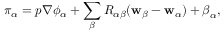
\begin{array} { r } { \boldsymbol { \pi } _ { \alpha } = p \nabla \phi _ { \alpha } + \displaystyle \sum _ { \beta } R _ { \alpha { \beta } } ( \mathbf { w } _ { \beta } - \mathbf { w } _ { \alpha } ) + \boldsymbol { \beta } _ { \alpha } , } \end{array}